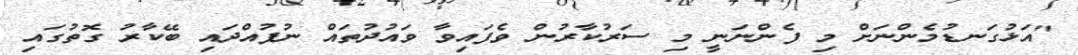
"އަޅުގަނޑުމެންނަށް މި ފެންނަނީ މި ސަރުކާރުން ވެފައިވާ ވައުދުތައް ނުފުއްދައި ބޭކާރު ގޮތުގައި